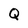
Character: Q